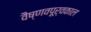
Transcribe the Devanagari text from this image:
वैष्णवपूर्वकाल